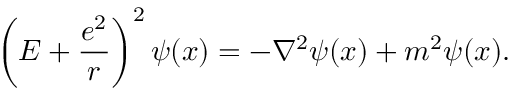
\left( E + { \frac { e ^ { 2 } } { r } } \right) ^ { 2 } \psi ( x ) = - \nabla ^ { 2 } \psi ( x ) + m ^ { 2 } \psi ( x ) .